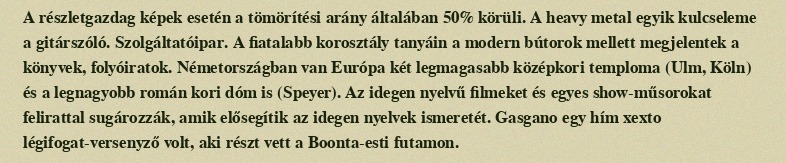
A részletgazdag képek esetén a tömörítési arány általában 50% körüli. A heavy metal egyik kulcseleme a gitárszóló. Szolgáltatóipar. A fiatalabb korosztály tanyáin a modern bútorok mellett megjelentek a könyvek, folyóiratok. Németországban van Európa két legmagasabb középkori temploma (Ulm, Köln) és a legnagyobb román kori dóm is (Speyer). Az idegen nyelvű filmeket és egyes show-műsorokat felirattal sugározzák, amik elősegítik az idegen nyelvek ismeretét. Gasgano egy hím xexto légifogat-versenyző volt, aki részt vett a Boonta-esti futamon.